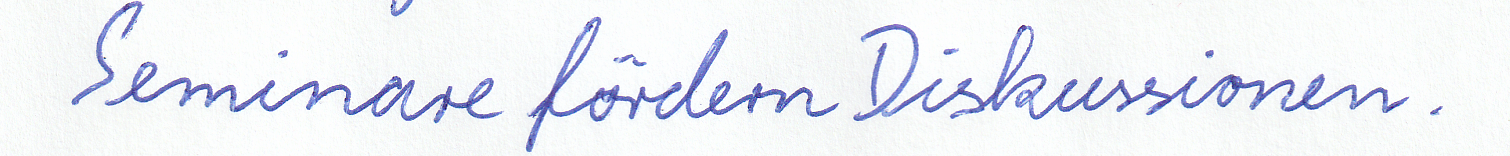
Seminare fördern Diskussionen.